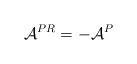
LaTeX: \begin{align*}\mathcal{A}^{PR}=-\mathcal{A}^P\end{align*}